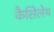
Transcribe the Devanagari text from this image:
कैसिलेथ